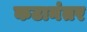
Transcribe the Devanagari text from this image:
कटानंतर